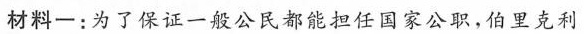
材料-：为了保证一般公民都能担任国家公职，伯里克利